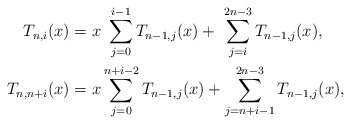
\begin{align*}T_{n,i}(x) & = x\ \sum_{j=0}^{i-1}T_{n-1,j}(x)+ \ \sum_{j=i}^{2n-3}T_{n-1,j}(x),\\T_{n,n+i}(x) & = x \sum_{j=0}^{n+i-2}T_{n-1,j}(x)+ \sum_{j=n+i-1}^{2n-3}T_{n-1,j}(x),\end{align*}